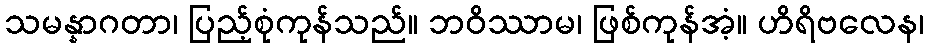
သမန္နာဂတာ၊ ပြည့်စုံကုန်သည်။ ဘဝိဿာမ၊ ဖြစ်ကုန်အံ့။ ဟိရိဗလေန၊